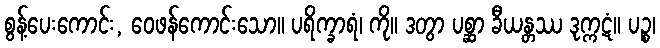
စွန့်ပေးကောင်း, ဝေဖန်ကောင်းသော။ ပရိက္ခာရံ၊ ကို။ ဒတွာ ပစ္ဆာ ခီယန္တဿ ဒုက္ကဋံ။ ပဉ္စ၊